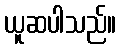
ယူဆပါသည်။